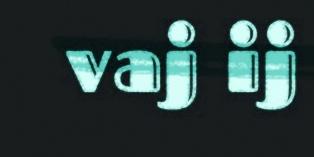
vaj ij